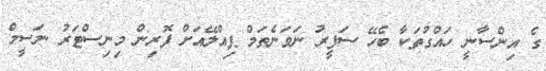
ގެ އިންސާނީ ހައްގުތަކާ ބެހޭ ސަފީރު ނަވަނެތަމް ޕިއްލޭއަށް ފޮރިން މިނިސްޓަރު ނަސީމް